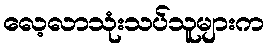
လေ့လာသုံးသပ်သူများက